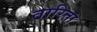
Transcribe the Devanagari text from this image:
तारिता